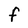
Character: F